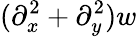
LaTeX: (\partial_{x}^{2}+\partial_{y}^{2})w